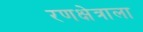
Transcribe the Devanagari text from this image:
रणक्षेत्राला